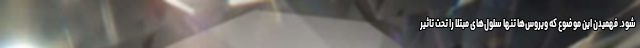
شود. فهمیدن این موضوع که ویروس‌ها تنها سلول‌های مبتلا را تحت تاثیر